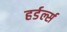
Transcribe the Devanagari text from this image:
हर्डर्ल्स